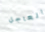
العاجل